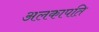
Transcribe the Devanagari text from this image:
अलकापति